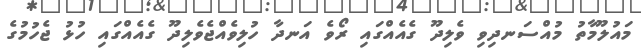
މައުލޫމާތު މުއްސަނދިވި ވެލިދޫ ގެއެއްގައި ރޯވެ އަނދާ ހުލިވެއްޖެވެލިދޫ ގެއެއްގައި ހުޅު ޖެހުމުގެ